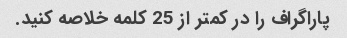
پاراگراف را در کمتر از 25 کلمه خلاصه کنید.